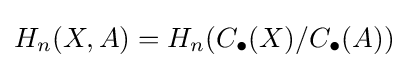
H_{n}(X,A)=H_{n}(C_{\bullet }(X)/C_{\bullet }(A))